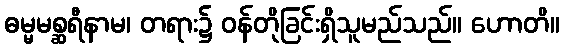
ဓမ္မမစ္ဆရီနာမ၊ တရား၌ ဝန်တိုခြင်းရှိသူမည်သည်။ ဟောတိ။